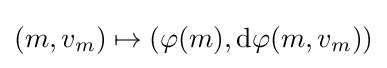
(m,v_{m})\mapsto (\varphi (m),\operatorname {d} \!\varphi (m,v_{m}))